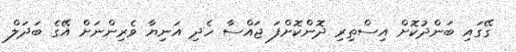
ގޭގައި ބަންދުކޮށް އިސްތިރި ދޮންކޮށްފަ ޖައްސާ ހެދި އަނިޔާ ވެރިންނަށް އޭގެ ބަދަލް